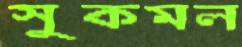
সুকমল